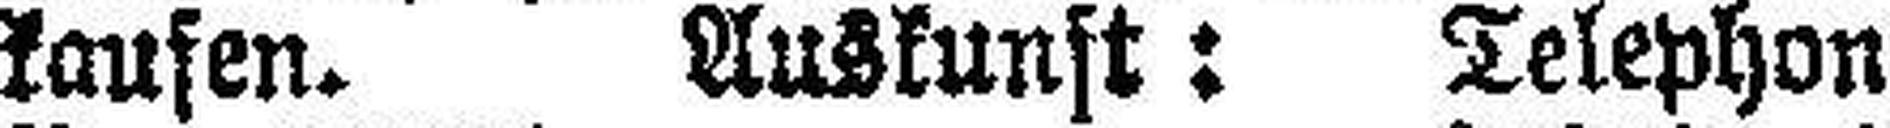
kaufen. Auskunft: Telephon